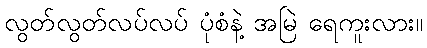
လွတ်လွတ်လပ်လပ် ပုံစံနဲ့ အမြဲ ရေကူးလား။